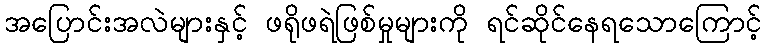
အပြောင်းအလဲများနှင့် ဖရိုဖရဲဖြစ်မှုများကို ရင်ဆိုင်နေရသောကြောင့်